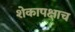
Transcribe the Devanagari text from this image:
शेकापक्षाच